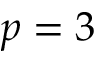
p = 3